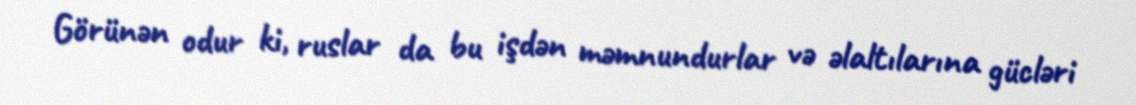
Görünən odur ki, ruslar da bu işdən məmnundurlar və əlaltılarına gücləri